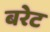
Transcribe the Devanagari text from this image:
बरेट